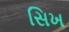
સિખ